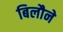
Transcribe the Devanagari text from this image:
बिलौने